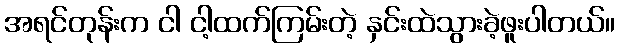
အရင်တုန်းက ငါ ငါ့ထက်ကြမ်းတဲ့ နှင်းထဲသွားခဲ့ဖူးပါတယ်။